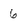
Character: 6